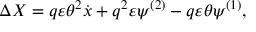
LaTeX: \Delta X = q \varepsilon \theta ^ { 2 } \dot { x } + q ^ { 2 } \varepsilon \psi ^ { ( 2 ) } - q \varepsilon \theta \psi ^ { ( 1 ) } ,